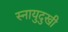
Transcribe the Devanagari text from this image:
स्नायुदुखी